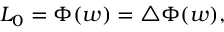
L _ { 0 } = \Phi ( w ) = \bigtriangleup \Phi ( w ) ,